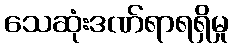
သေဆုံးဒဏ်ရာရရှိမှု